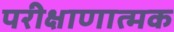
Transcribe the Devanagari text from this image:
परीक्षाणात्मक